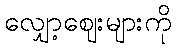
လျှော့ဈေးများကို